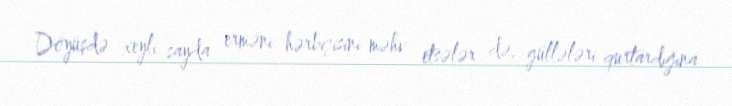
Döyüşdə xeyli sayda erməni hərbçisini məhv etsələr də, güllələri qurtardığına